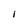
Character: I